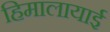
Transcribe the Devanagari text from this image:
हिमालायाई